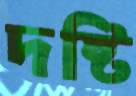
দষ্টি